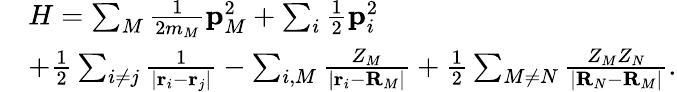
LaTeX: \begin{array}{rl}&{H=\sum_{M}\frac{1}{2m_{M}}\mathbf{p}_{M}^{2}+\sum_{i}\frac{1}{2}\mathbf{p}_{i}^{2}}\\ &{+\frac{1}{2}\sum_{i\neq j}\frac{1}{|\mathbf{r}_{i}-\mathbf{r}_{j}|}-\sum_{i,M}\frac{Z_{M}}{|\mathbf{r}_{i}-\mathbf{R}_{M}|}+\frac{1}{2}\sum_{M\neq N}\frac{Z_{M}Z_{N}}{|\mathbf{R}_{N}-\mathbf{R}_{M}|}.}\end{array}